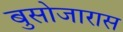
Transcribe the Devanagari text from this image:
बुसोजारास